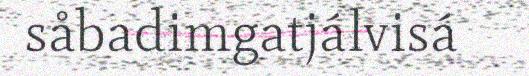
såbadimgatjálvisá